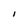
Character: I